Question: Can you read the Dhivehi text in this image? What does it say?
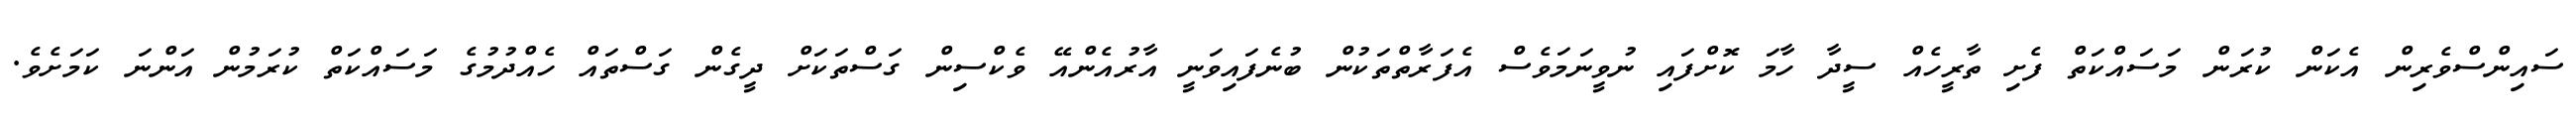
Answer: ސައިންސްވެރިން އެކަން ކުރަން މަސައްކަތް ފެށި ތާރީހެއް ސީދާ ހާމަ ކޮށްފައި ނުވީނަމަވެސް އެފަރާތްތަކުން ބުނެފައިވަނީ އާރުއެންއޭ ވެކްސިން ގަސްތަކަށް ދީގެން ގަސްތައް ހެއްދުމުގެ މަސައްކަތް ކުރަމުން އަންނަ ކަމަށެވެ.